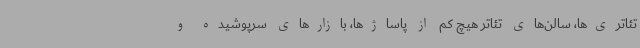
تئاتری‌ها، سالن‌های تئاتر هیچ کم از پاساژها، بازارهای سرپوشیده و